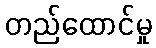
တည်ထောင်မှု